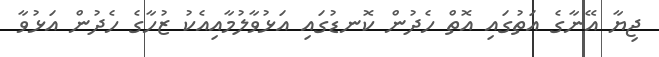
ޖިޔާ އޭނާގެ އަތުގައި އޮތް ހެދުން ކޮނޑުގައި އަޅުވާލުމާއިއެކު ޒުހާގެ ހެދުން އަޅުވާ